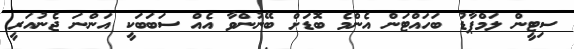
ސިޓީން ލަމްޕާޑު ބަހައްޓަން އެންމެ ބޮޑަށް ބޭނުންވާ އެއް ސަބަބަކީ އަންނަ ޖެނުއަރީ